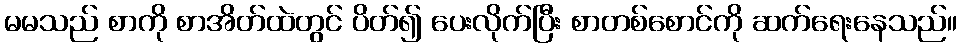
မမသည် စာကို စာအိတ်ထဲတွင် ပိတ်၍ ပေးလိုက်ပြီး စာတစ်စောင်ကို ဆက်ရေးနေသည်။